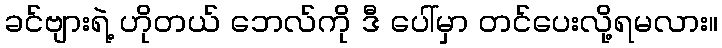
ခင်ဗျားရဲ့ ဟိုတယ် ဘေလ်ကို ဒီ ပေါ်မှာ တင်ပေးလို့ရမလား။